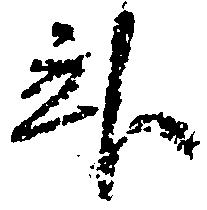
臥